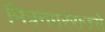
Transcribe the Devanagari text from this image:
मित्रनगरराज्ये